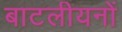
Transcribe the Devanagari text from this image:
बाटलीयनों